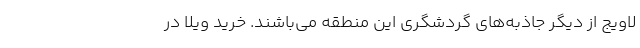
لاویج از دیگر جاذبه‌­های گردشگری این منطقه می‌­باشند. خرید ویلا در